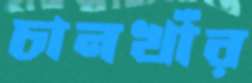
চানখাঁর